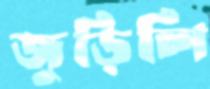
জুড়িলি